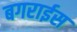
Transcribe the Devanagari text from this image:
बगराईस